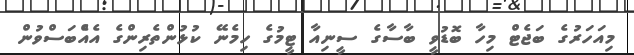
މިއަހަރުގެ ބަޖެޓް މިހާ ބޮޑުވީ ބާސާގެ ސީނިއާ ޓީމުގެ ހިމެނޭ ކުޅުންތެރިންގެ އެއެްބަސްވުން